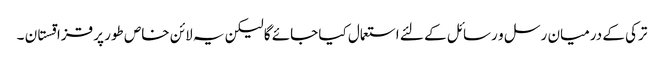
ترکی کے درمیان رسل و رسائل کے لئے استعمال کیا جائے گا لیکن یہ لائن خاص طور پر قزاقستان ۔